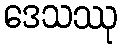
ဒေသဿု